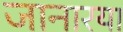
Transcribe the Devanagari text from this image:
जानारया